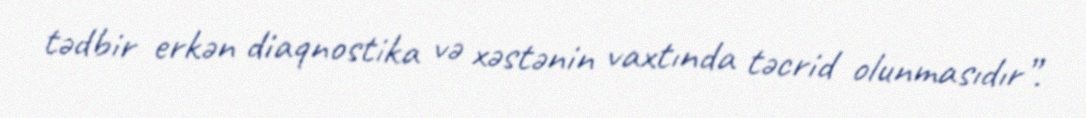
tədbir erkən diaqnostika və xəstənin vaxtında təcrid olunmasıdır”.